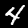
Digit: 4